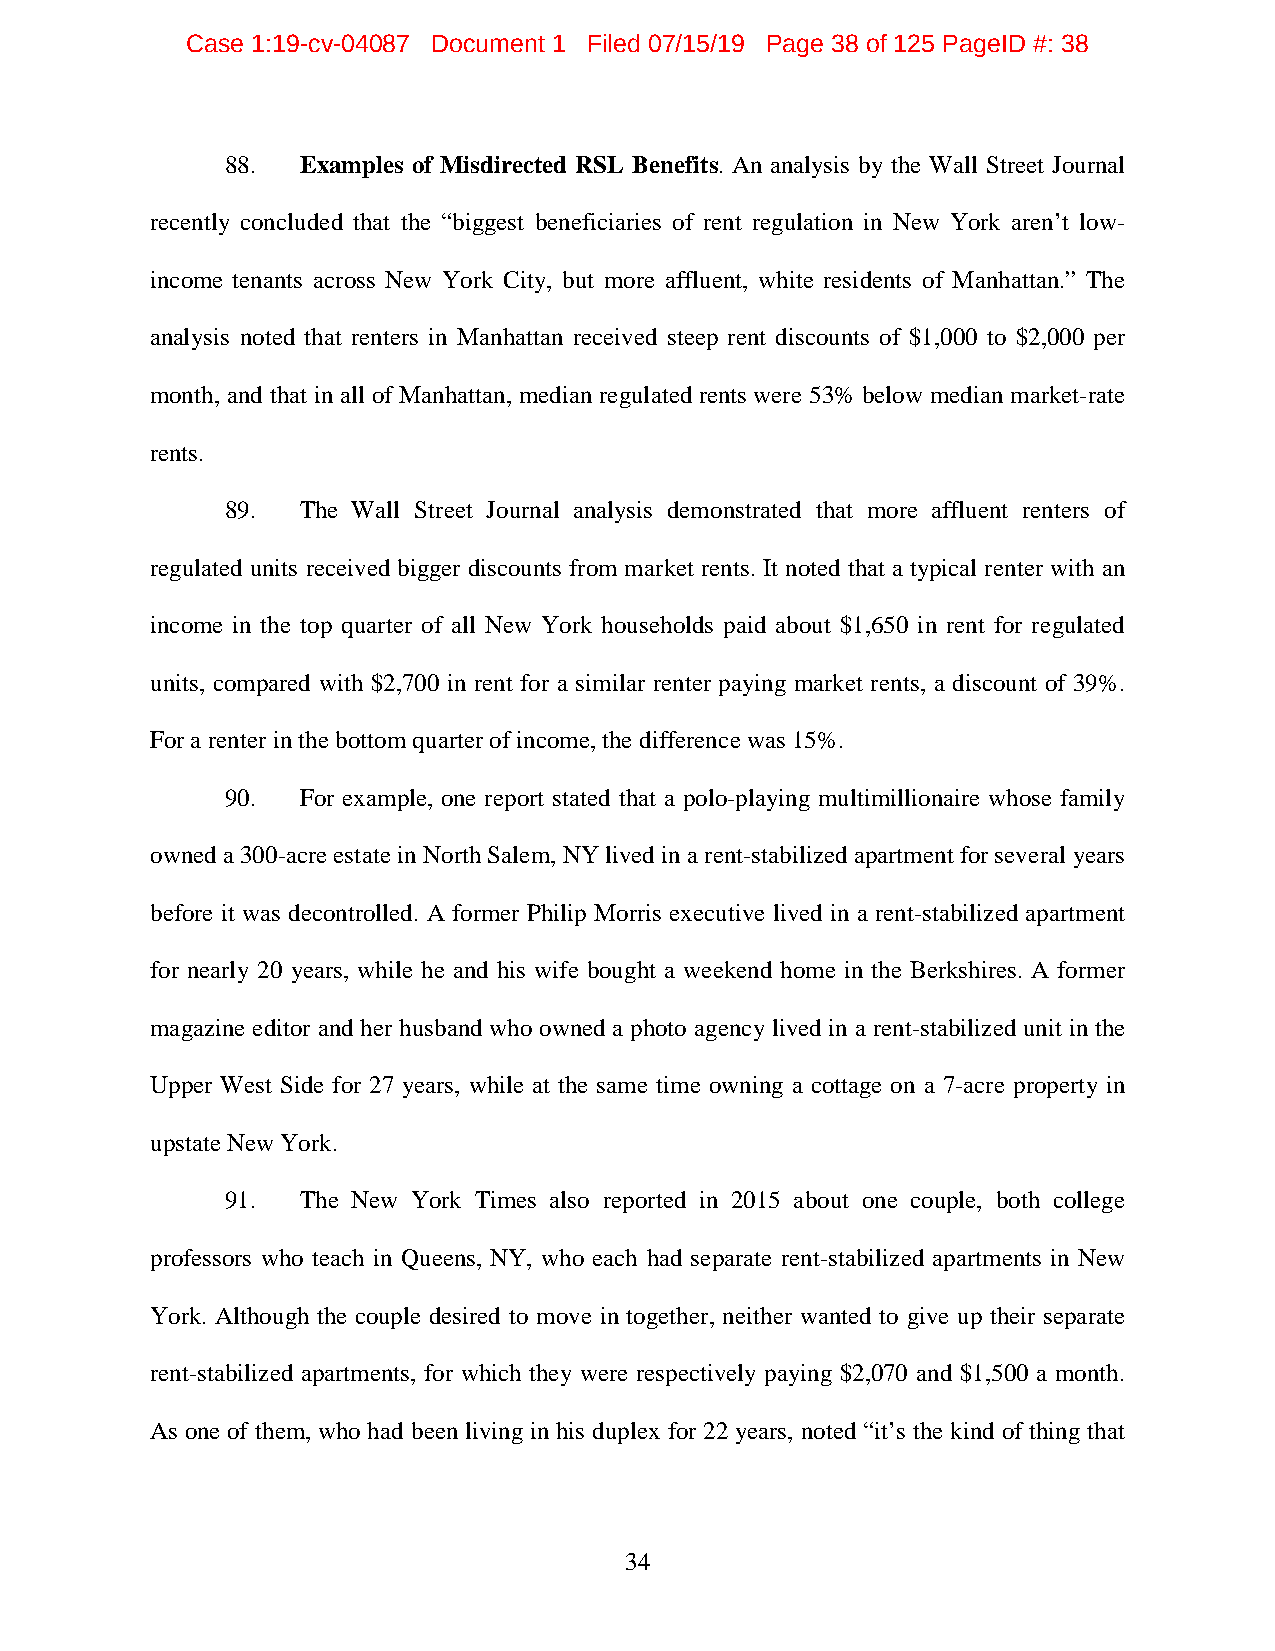
Case 1:19-cv-04087 Document 1 Filed 07/15/19 Page 38 of 125 PageID #: 38
 88.  Examples of Misdirected RSL Benefits. An analysis by the Wall Street Journal
 recently concluded that the “biggest beneficiaries of rent regulation in New York aren’t low-
 income tenants across New York City, but more affluent, white residents of Manhattan.” The
 analysis noted that renters in Manhattan received steep rent discounts of $1,000 to $2,000 per
 month, and that in all of Manhattan, median regulated rents were 53% below median market-rate
 rents.
 89.  The Wall Street Journal analysis demonstrated that more affluent renters of
 regulated units received bigger discounts from market rents. It noted that a typical renter with an
 income in the top quarter of all New York households paid about $1,650 in rent for regulated
 units, compared with $2,700 in rent for a similar renter paying market rents, a discount of 39%.
 For a renter in the bottom quarter of income, the difference was 15%.
 90.  For example, one report stated that a polo-playing multimillionaire whose family
 owned a 300-acre estate in North Salem, NY lived in a rent-stabilized apartment for several years
 before it was decontrolled. A former Philip Morris executive lived in a rent-stabilized apartment
 for nearly 20 years, while he and his wife bought a weekend home in the Berkshires. A former
 magazine editor and her husband who owned a photo agency lived in a rent-stabilized unit in the
 Upper West Side for 27 years, while at the same time owning a cottage on a 7-acre property in
 upstate New York.
 91.  The New York Times also reported in 2015 about one couple, both college
 professors who teach in Queens, NY, who each had separate rent-stabilized apartments in New
 York. Although the couple desired to move in together, neither wanted to give up their separate
 rent-stabilized apartments, for which they were respectively paying $2,070 and $1,500 a month.
 As one of them, who had been living in his duplex for 22 years, noted “it’s the kind of thing that
 34